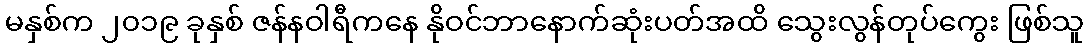
မနှစ်က ၂၀၁၉ ခုနှစ် ဇန်နဝါရီကနေ နိုဝင်ဘာနောက်ဆုံးပတ်အထိ သွေးလွန်တုပ်ကွေး ဖြစ်သူ